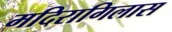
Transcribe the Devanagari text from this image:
मदिरागिलास